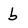
Character: b